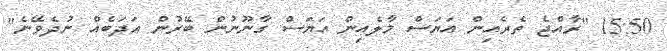
15:50 "ރާއްޖެ ތެރެއިން އަޔަސް މާލެއިން އަޔަސް ގާނޫނުން ބޭރުން އަދަބެއް ނުދެވޭނެ"